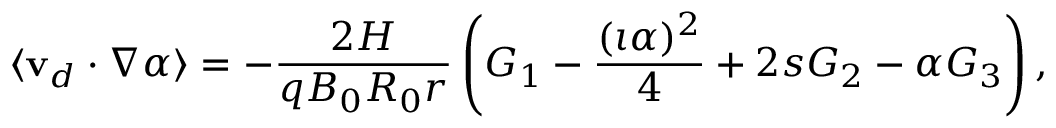
\langle \mathbf { v } _ { d } \cdot \nabla \alpha \rangle = - \frac { 2 H } { q B _ { 0 } R _ { 0 } r } \left( G _ { 1 } - \frac { ( \iota \alpha ) ^ { 2 } } { 4 } + 2 s G _ { 2 } - \alpha G _ { 3 } \right) ,